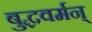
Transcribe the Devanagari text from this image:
बुद्धवर्मन्